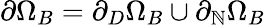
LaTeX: \partial\Omega_{B}=\partial_{D}\Omega_{B}\cup\partial_{\mathbb{N}}\Omega_{B}